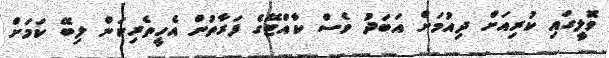
ވޮލީގައި ކުރިއަށް ދިއުމަށް އަބަދު ވެސް ކާއްޓޭގެ ފަރާތުން އެހީތެރިކަން ލިބޭ ކަމަށް